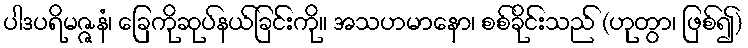
ပါဒပရိမဇ္ဇနံ၊ ခြေကိုဆုပ်နယ်ခြင်းကို။ အသဟမာနော၊ စစ်ခိုင်းသည် (ဟုတွာ၊ ဖြစ်၍)